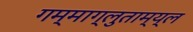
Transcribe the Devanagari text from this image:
गम्माग्लुताम्य्ल